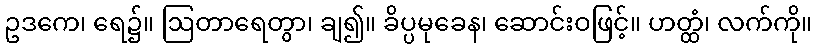
ဥဒကေ၊ ရေ၌။ ဩတာရေတွာ၊ ချ၍။ ခိပ္ပမုခေန၊ ဆောင်းဝဖြင့်။ ဟတ္ထံ၊ လက်ကို။